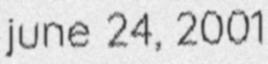
june 24, 2001